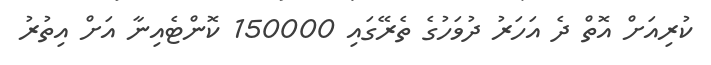
ކުރިއަށް އޮތް ދެ އަހަރު ދުވަހުގެ ތެރޭގައި 150000 ކޮންޓެއިނާ އަށް އިތުރު